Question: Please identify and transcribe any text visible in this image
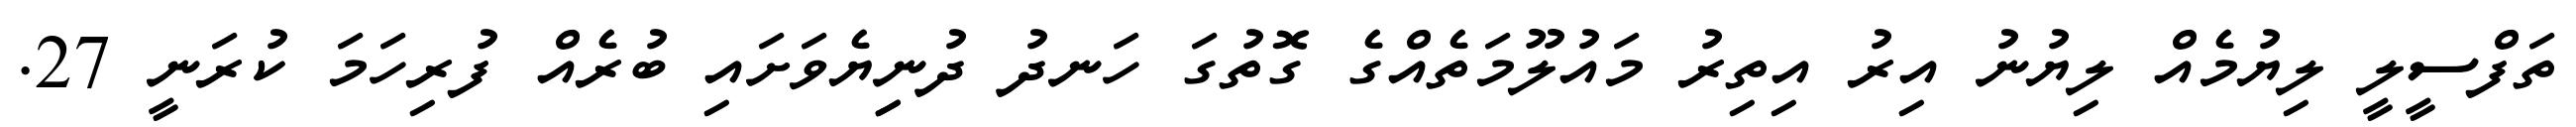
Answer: ތަފްސީލީ ލިޔުމެއް ލިޔުނު އިރު އިތިރު މައުލޫމަތެއްގެ ގޮތުގަ ހަނދު ދުނިިޔެވަށައި ބުރެއް ފުރިހަމަ ކުރަނީ 27.